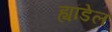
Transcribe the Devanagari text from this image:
ह्यांडेल